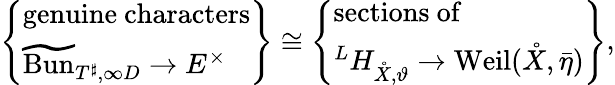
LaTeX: \left\{ \begin{array}{l}{\mathrm{genuine~characters}}\\ {\widetilde{\mathrm{Bun}}_{T^{\sharp},\infty D}\rightarrow E^{\times}}\end{array}\right\} \cong\left\{ \begin{array}{l}{\mathrm{sections~of}}\\ {^{L}H_{\mathring X,\vartheta}\rightarrow\mathrm{Weil}(\mathring X,\bar{\eta})}\end{array}\right\} ,